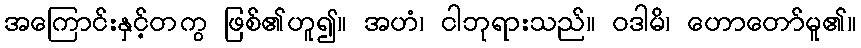
အကြောင်းနှင့်တကွ ဖြစ်၏ဟူ၍။ အဟံ၊ ငါဘုရားသည်။ ဝဒါမိ၊ ဟောတော်မူ၏။